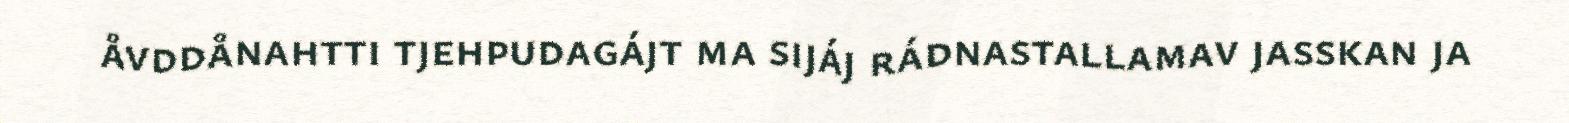
åvddånahtti tjehpudagájt ma sijáj rádnastallamav jasskan ja